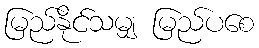
မြည်နိုင်သမျှ မြည်ပစေ